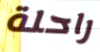
راحلة